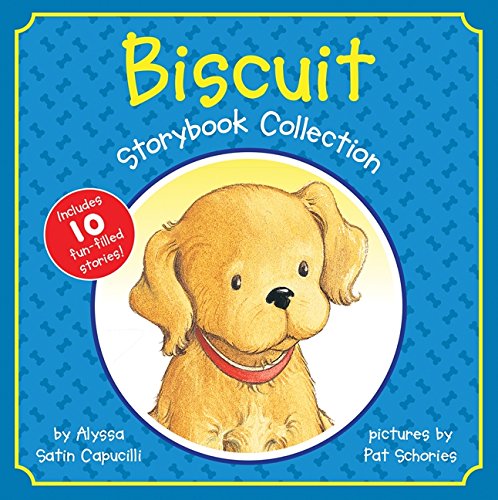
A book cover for Biscuit Storybook Collection; Alyssa Satin Capucilli; Children's Books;